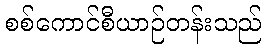
စစ်ကောင်စီယာဉ်တန်းသည်